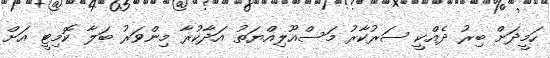
ހަމީދަށް ބިރު ދެއްކީ ސަރުކާރު މަސްއޫލިއްޔަތު އަދާކުރާ މިންވަރު ބަލާ ކޮމިޓީ އަށް